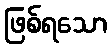
ဖြစ်ရသော